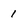
Character: 1